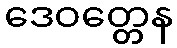
ဒေဝတ္တေန